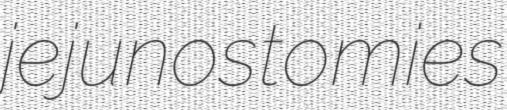
jejunostomies